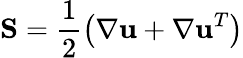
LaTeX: \mathbf{S}=\frac{1}{2}\left(\nabla\mathbf{u}+\nabla\mathbf{u}^{T}\right)